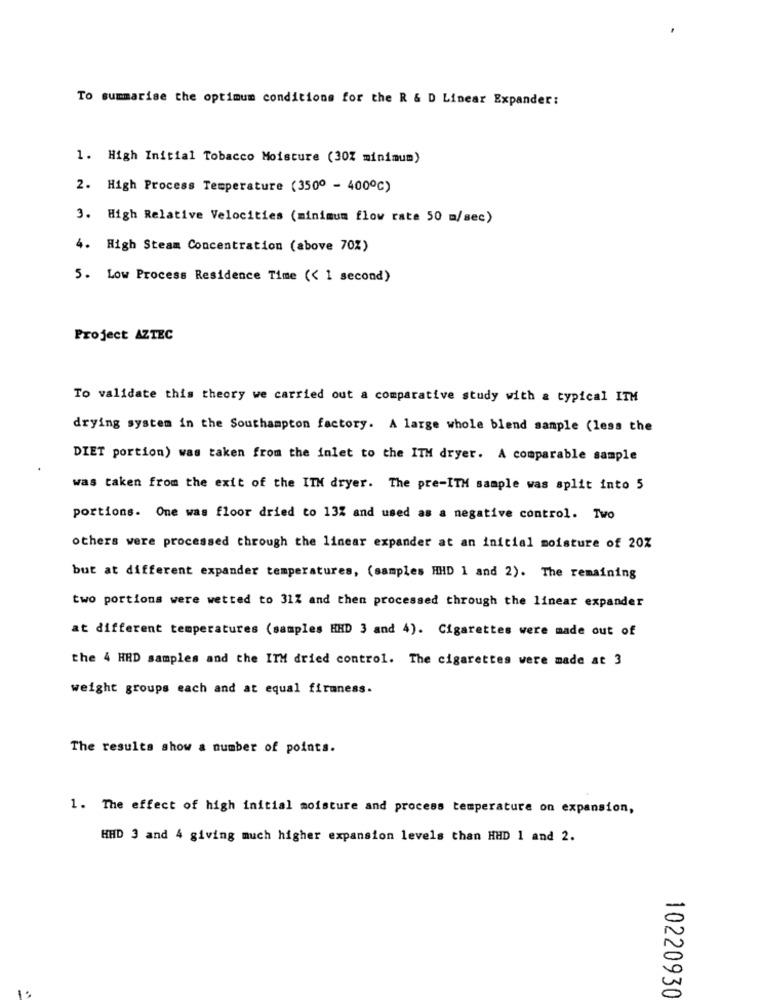
To summarise the optimum conditions for the R & D Linear Expander:
1. High Initial Tobacco Moisture (30% minimum)
2. High Process Temperature (3500 - 400℃)
3. High Relative Velocities (minimum flow rate 50 m/sec)
4. High Steam Concentration (above 70%)
5. Low Process Residence Time (< 1 second)
Project AZTEC
To validate this theory we carried out a comparative study with a typical ITM
drying system in the Southampton factory. A large whole blend sample (less the
DIET portion) was taken from the inlet to the ITH dryer. A comparable sample
was taken from the exit of the ITH dryer. The pre-ITH sample was split into 5
portions. One was floor dried to 13% and used as a negative control. Two
others were processed through the linear expander at an initial moisture of 20%
but at different expander temperatures, (samples HHD 1 and 2). The remaining
two portions were wetted to 31% and then processed through the linear expander
at different temperatures (samples HHD 3 and 4). Cigarettes were made out of
the 4 HRD samples and the ITH dried control. The cigarettes were made at 3
weight groups each and at equal firmness.
The results show a number of points.
1. The effect of high initial moisture and process temperature on expansion,
HHD 3 and 4 giving much higher expansion levels than HHD 1 and 2.
10220930